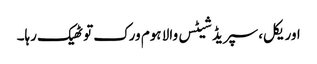
اوریکل، سپریڈ شیٹس والا ہوم ورک تو ٹھیک رہا۔